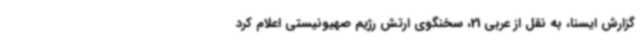
گزارش ایسنا، به نقل از عربی 21، سخنگوی ارتش رژیم صهیونیستی اعلام کرد